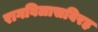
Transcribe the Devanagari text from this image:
रागविलासविरह